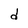
Character: d